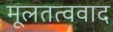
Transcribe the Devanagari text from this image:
मूलतत्ववाद